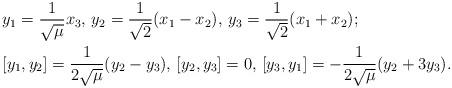
LaTeX: \begin{align*} &y_1=\frac{1}{\sqrt{\mu}}x_3, \, y_2=\frac{1}{\sqrt{2}}(x_1-x_2), \, y_3=\frac{1}{\sqrt{2}}(x_1+x_2);\\ &[y_1,y_2]=\frac{1}{2\sqrt{\mu}}(y_2-y_3), \, [y_2,y_3]=0, \, [y_3,y_1]=-\frac{1}{2\sqrt{\mu}}(y_2+3y_3).\end{align*}